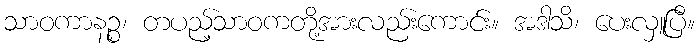
သာဝကာနဉ္စ၊ တပည့်သာဝကတို့အားလည်းကောင်း။ အဒါသိ၊ ပေးလှူပြီ။